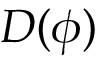
D ( \phi )